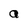
Character: a